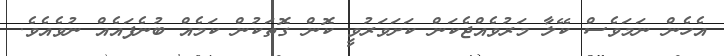
އެހެން ނަމަވެސް ކޭލާ މަރުވެއްޖެކަން ކަށަވަރުވީ ކޮން ގޮތަކުން ކަމެއް ބުނެފައެއް ނުވެއެވެ.